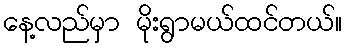
နေ့လည်မှာ မိုးရွာမယ်ထင်တယ်။